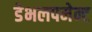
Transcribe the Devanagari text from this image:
डेभलपमेन्ट